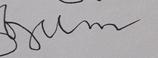
Signature authenticity: forged